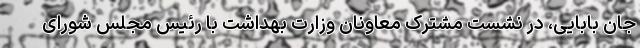
جان بابایی، در نشست مشترک معاونان وزارت بهداشت با رئیس مجلس شورای